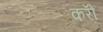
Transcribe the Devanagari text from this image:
करोँ